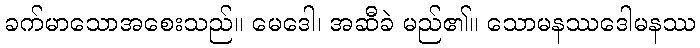
ခက်မာသောအစေးသည်။ မေဒေါ၊ အဆီခဲ မည်၏။ သောမနဿဒေါမနဿ